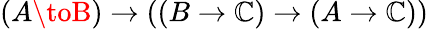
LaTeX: (A\toB)\to((B\to\mathbb{C})\to(A\to\mathbb{C}))